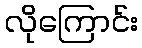
လိုကြောင်း